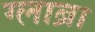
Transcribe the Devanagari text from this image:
ग्लाब्रा